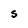
Character: S